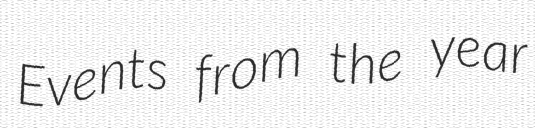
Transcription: Events from the year